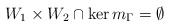
\begin{align*} W_1\times W_2\cap \ker m_\Gamma = \emptyset\end{align*}